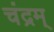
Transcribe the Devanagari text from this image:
चंद्रम्